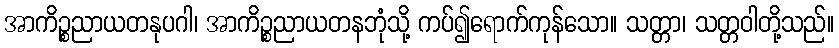
အာကိဉ္စညာယတနုပဂါ၊ အာကိဉ္စညာယတနဘုံသို့ ကပ်၍ရောက်ကုန်သော။ သတ္တာ၊ သတ္တဝါတို့သည်။